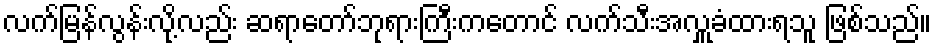
လက်မြန်လွန်းလို့လည်း ဆရာတော်ဘုရားကြီးကတောင် လက်သီးအလှူခံထားရသူ ဖြစ်သည်။